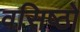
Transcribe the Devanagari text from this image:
वसिष्ठो